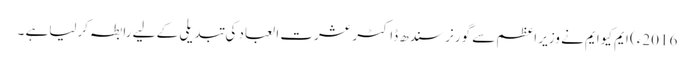
2016ء) ایم کیوایم نے وزیر اعظم سے گورنر سندھ ڈاکٹر عشرت العباد کی تبدیلی کے لیے رابطہ کرلیاہے ۔